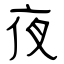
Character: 夜